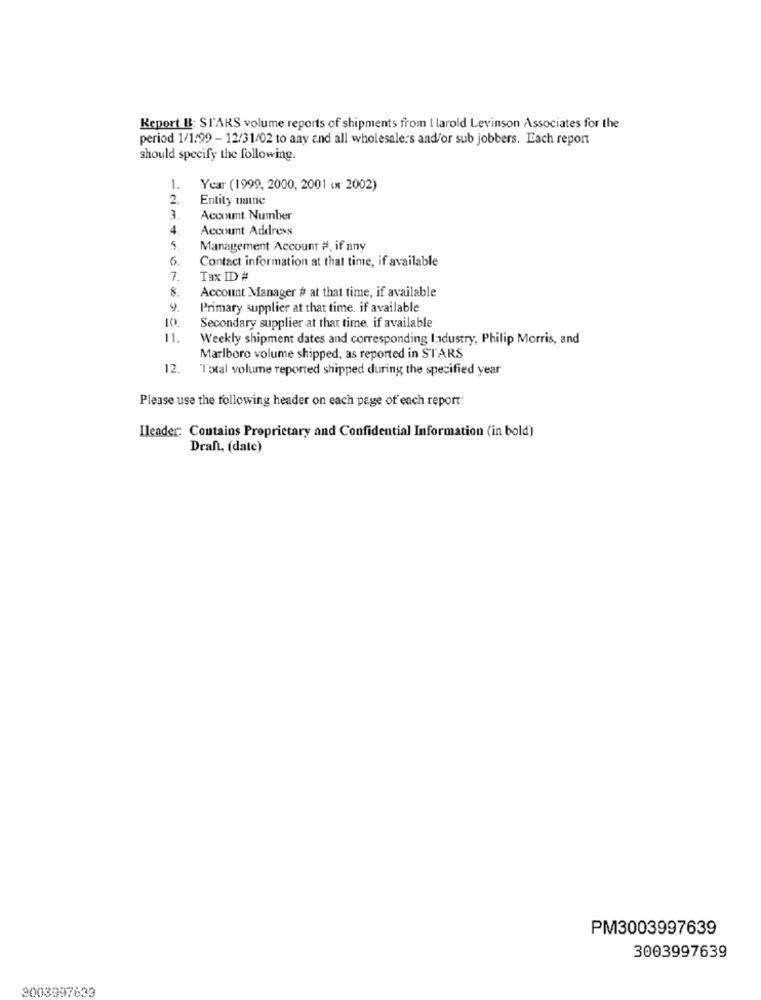
Report B: STARS volume reports of shipments from I larold Levinson Associates for the
period 1/1/99 - 12/31/02 to any and all wholesalers and/or sub jobbers. Each report
should specify the following.
1.
Year (1999, 2000, 2001 or 2002)
2.
Entity taine
3.
Account Number
4
Account Address
5
Management Account #, if any
6.
Contact information at that time, if available
7.
Tax ID #
8.
Account Manager # at that time, if available
9.
Primary supplier at that time. if available
10.
Secondary supplier at that time. if available
Weekly shipment dates and corresponding Industry, Philip Morris, and
Marlboro volume shipped, as reported in STARS
12.
Total volume reported shipped during the specified year
Please use the following header on each page of each report:
Ileader: Contains Proprietary and Confidential Information (in bold)
Draft, (date)
PM3003997639
3003997639
3003997633